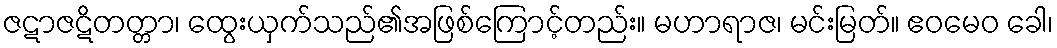
ဇဋာဇဋိတတ္တာ၊ ထွေးယှက်သည်၏အဖြစ်ကြောင့်တည်း။ မဟာရာဇ၊ မင်းမြတ်။ ဧဝမေဝ ခေါ၊